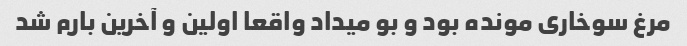
مرغ سوخاری مونده بود و بو میداد واقعا اولین و آخرین بارم شد